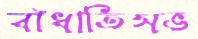
বাঁধাতিসভ